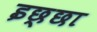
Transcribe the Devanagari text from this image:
इछ्छा